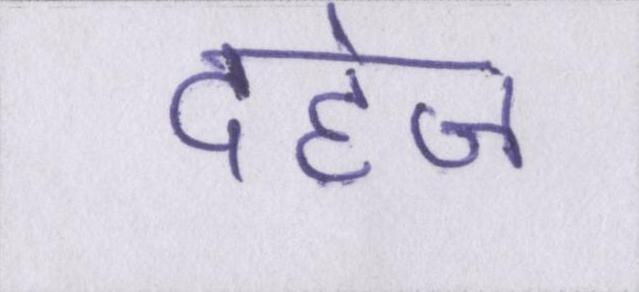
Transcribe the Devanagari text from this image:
दहेज